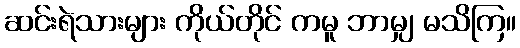
ဆင်းရဲသားများ ကိုယ်တိုင် ကမူ ဘာမျှ မသိကြ။